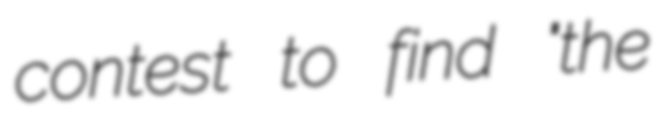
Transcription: contest to find "the